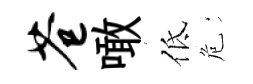
苍噉低危